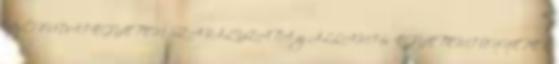
Az ÓBUDAI EGYETEM SZABÁLYZATA az ÁLLAMI és EGYETEMI ÜNNEPEK,